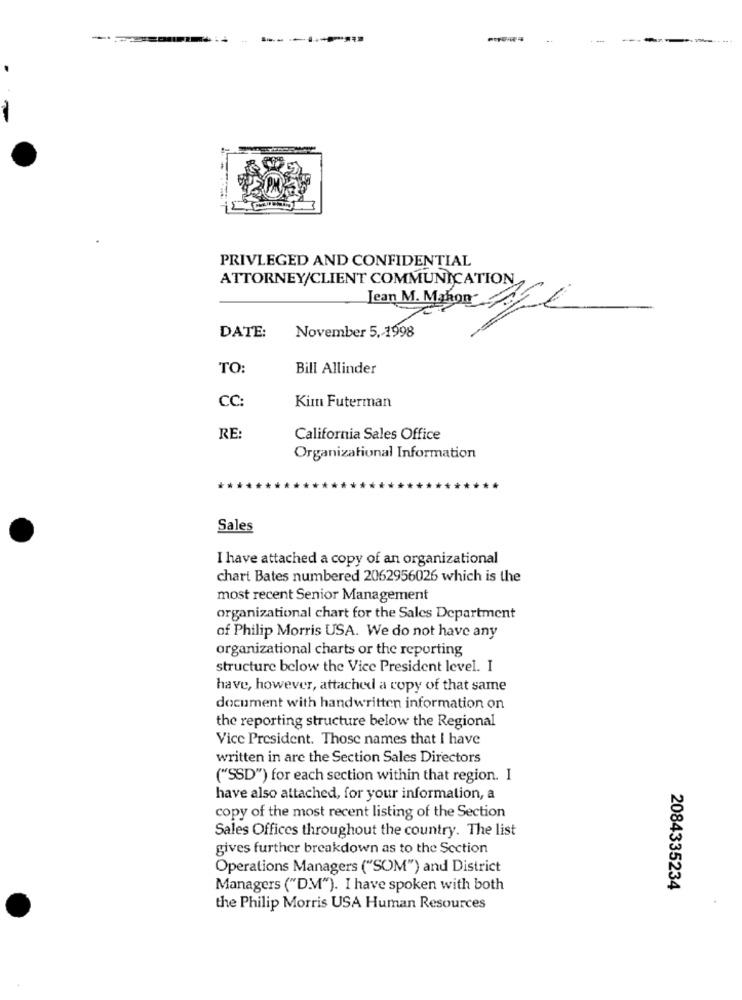
PRIVLEGED AND CONFIDENTIAL
ATTORNEY/CLIENT COMMUNICATION
Jean M. Mahon ALL
November 5, 1998
DATE:
TO:
Bill Allinder
CC:
Kim Futerman
RE:
California Sales Office
Organizational Information
Sales
I have attached a copy of an organizational
chart Bates numbered 2062956026 which is the
most recent Senior Management
organizational chart for the Sales Department
of Philip Morris USA. We do not have any
organizational charts or the reporting
structure below the Vice President level. I
have, however, attached a copy of that same
document with handwritten information on
the reporting structure below the Regional
Vice President. Those names that I have
written in are the Section Sales Directors
("SSD") for each section within that region. I
have also attached, for your information, a
copy of the most recent listing of the Section
Sales Offices throughout the country. The list
gives further breakdown as to the Section
Operations Managers ("SOM") and District
Managers ("DM"). I have spoken with both
2084335234
the Philip Morris USA Human Resources